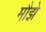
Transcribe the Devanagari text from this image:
मौझे